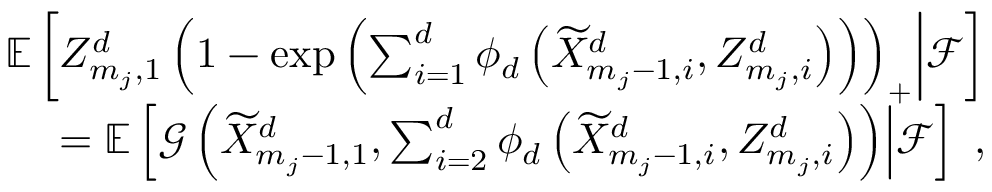
\begin{array} { r } { \ensuremath { \mathbb { E } \left[ Z _ { m _ { j } , 1 } ^ { d } \left( 1 - \exp \left( \sum _ { i = 1 } ^ { d } \phi _ { d } \left( \widetilde { X } _ { m _ { j } - 1 , i } ^ { d } , Z _ { m _ { j } , i } ^ { d } \right) \right) \right) _ { + } \middle | \mathcal { F } \right] } } \\ { = \ensuremath { \mathbb { E } \left[ \mathcal { G } \left( \widetilde { X } _ { m _ { j } - 1 , 1 } ^ { d } , \sum _ { i = 2 } ^ { d } \phi _ { d } \left( \widetilde { X } _ { m _ { j } - 1 , i } ^ { d } , Z _ { m _ { j } , i } ^ { d } \right) \right) \middle | \mathcal { F } \right] } \; , } \end{array}